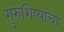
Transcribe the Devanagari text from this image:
गुरुशिष्यांचा